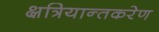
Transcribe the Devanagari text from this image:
क्षत्रियान्तकरेण